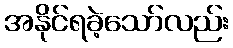
အနိုင်ရခဲ့သော်လည်း